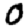
Digit: 0